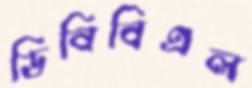
ডিবিবিএল